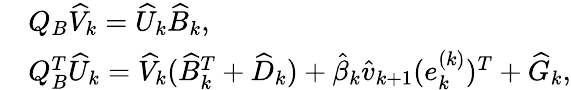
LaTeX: \begin{array}{rl}&{Q_{B}\widehat{V}_{k}=\widehat{U}_{k}\widehat{B}_{k},}\\ &{Q_{B}^{T}\widehat{U}_{k}=\widehat{V}_{k}(\widehat{B}_{k}^{T}+\widehat{D}_{k})+\hat{\beta}_{k}\hat{v}_{k+1}(e_{k}^{(k)})^{T}+\widehat{G}_{k},}\end{array}